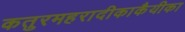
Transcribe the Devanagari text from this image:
कतुरमहरादीकाकैयीका